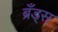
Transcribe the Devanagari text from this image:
ब्रँड्स